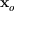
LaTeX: \mathbf { x } _ { o }